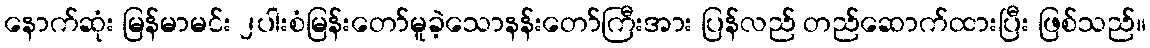
နောက်ဆုံး မြန်မာမင်း ၂ပါးစံမြန်းတော်မူခဲ့သောနန်းတော်ကြီးအား ပြန်လည် တည်ဆောက်ထားပြီး ဖြစ်သည်။